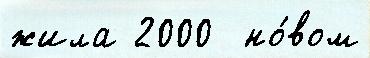
жила 2000  но́вом